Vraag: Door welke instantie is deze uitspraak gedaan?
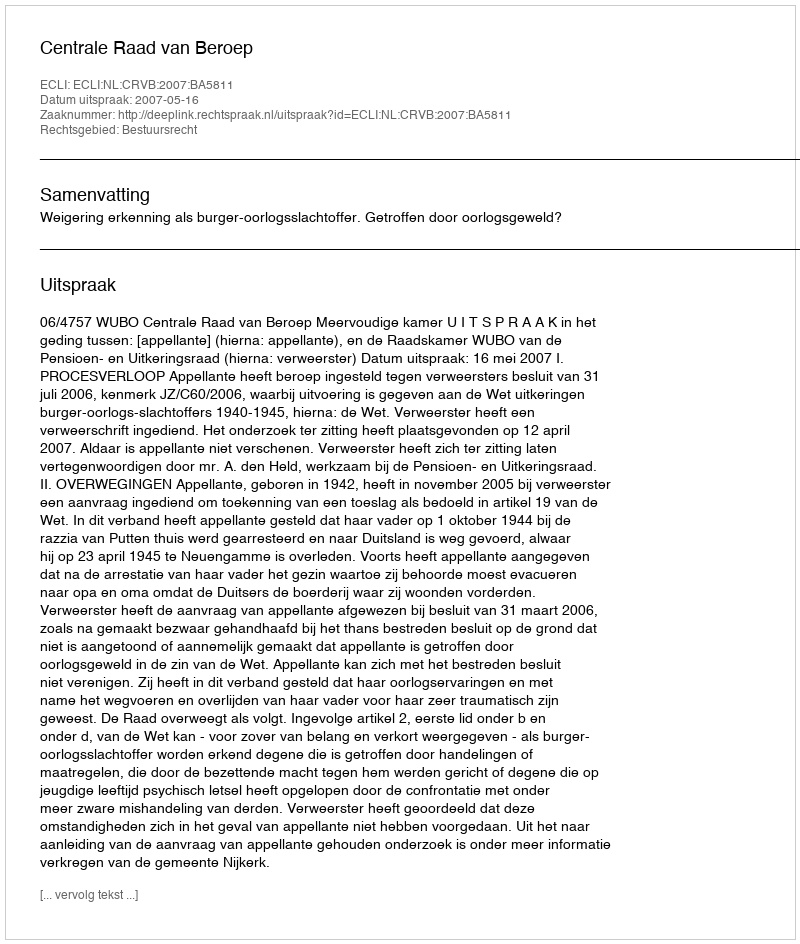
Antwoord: Centrale Raad van Beroep